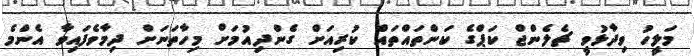
މަލީހު ވިދާޅުވީ ޗެލެންޖް ކަޕްގެ ކަންތައްތައް ކުރިއަށް ގެންދިއުމަށް މިހާތަނަށް ދިމާވެފައިވާ އެންމެ